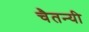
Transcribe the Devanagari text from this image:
चैतन्यी